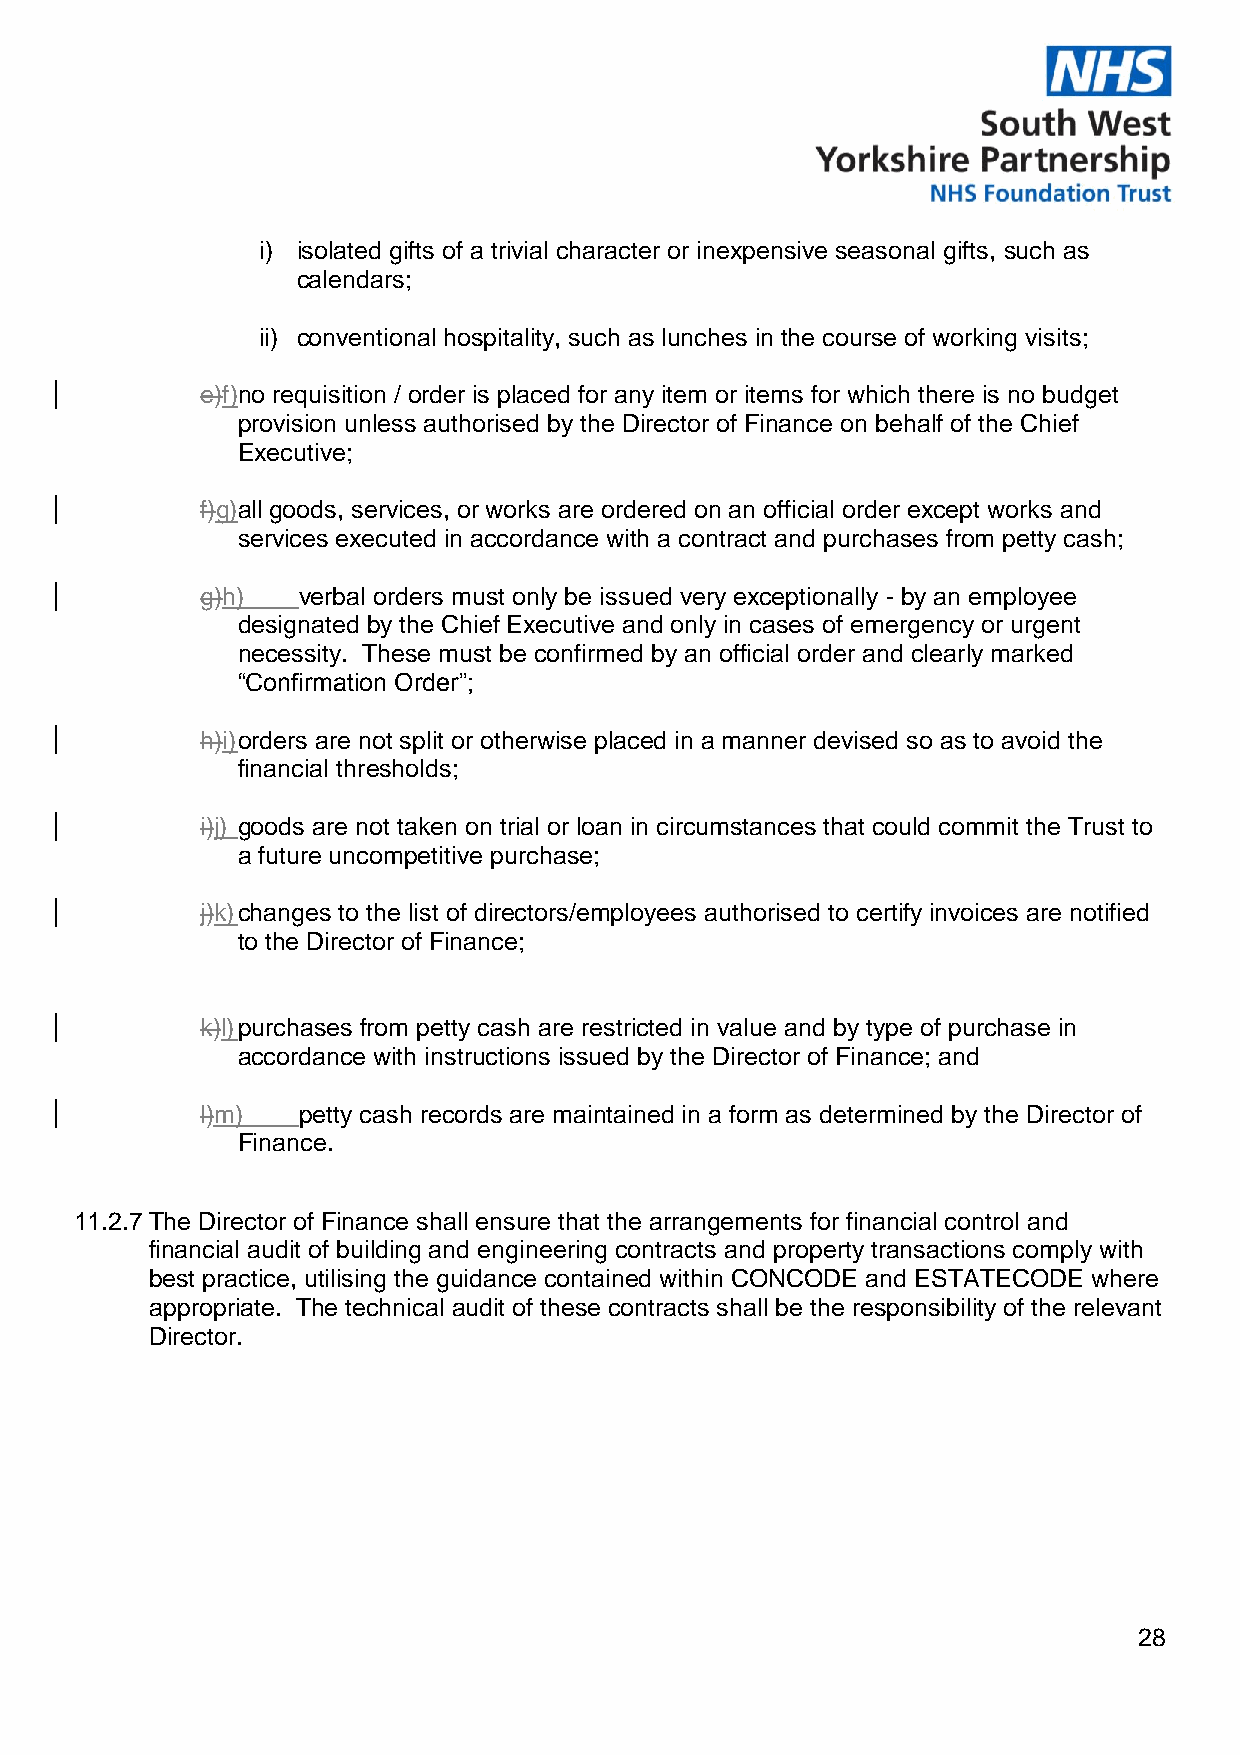
i) isolated gifts of a trivial character or inexpensive seasonal gifts, such as
 calendars;
 ii) conventional hospitality, such as lunches in the course of working visits;
 e)f)no requisition / order is placed for any item or items for which there is no budget
 provision unless authorised by the Director of Finance on behalf of the Chief
 Executive;
 f)g)all goods, services, or works are ordered on an official order except works and
 services executed in accordance with a contract and purchases from petty cash;
 g)h)   verbal orders must only be issued very exceptionally - by an employee
 designated by the Chief Executive and only in cases of emergency or urgent
 necessity. These must be confirmed by an official order and clearly marked
 “Confirmation Order”;
 h)i) orders are not split or otherwise placed in a manner devised so as to avoid the
 financial thresholds;
 i)j) goods are not taken on trial or loan in circumstances that could commit the Trust to
 a future uncompetitive purchase;
 j)k) changes to the list of directors/employees authorised to certify invoices are notified
 to the Director of Finance;
 k)l) purchases from petty cash are restricted in value and by type of purchase in
 accordance with instructions issued by the Director of Finance; and
 l)m)   petty cash records are maintained in a form as determined by the Director of
 Finance.
 11.2.7 The Director of Finance shall ensure that the arrangements for financial control and
 financial audit of building and engineering contracts and property transactions comply with
 best practice, utilising the guidance contained within CONCODE and ESTATECODE where
 appropriate. The technical audit of these contracts shall be the responsibility of the relevant
 Director.
 28